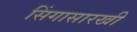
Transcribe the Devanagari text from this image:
सिंगासारखी